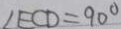
\angle E C D = 9 0 ^ { \circ }